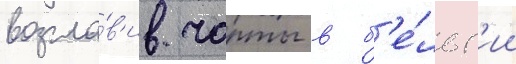
возгла́в'ив чарты в б'е́льг'ии